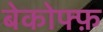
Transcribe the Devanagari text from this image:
बेकोफ्फ़